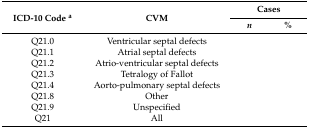
<table><thead><tr><td rowspan="2"><b>ICD-10 Code <sup>a</sup></b></td><td rowspan="2"><b>CVM</b></td><td colspan="2"><b>Cases</b></td></tr><tr><td><b><i>n</i></b></td><td><b>%</b></td></tr></thead><tbody><tr><td>Q21.0</td><td>Ventricular septal defects</td><td>[EMPTY_CELL]</td><td>[EMPTY_CELL]</td></tr><tr><td>Q21.1</td><td>Atrial septal defects</td><td>[EMPTY_CELL]</td><td>[EMPTY_CELL]</td></tr><tr><td>Q21.2</td><td>Atrio-ventricular septal defects</td><td>[EMPTY_CELL]</td><td>[EMPTY_CELL]</td></tr><tr><td>Q21.3</td><td>Tetralogy of Fallot</td><td>[EMPTY_CELL]</td><td>[EMPTY_CELL]</td></tr><tr><td>Q21.4</td><td>Aorto-pulmonary septal defects</td><td>[EMPTY_CELL]</td><td>[EMPTY_CELL]</td></tr><tr><td>Q21.8</td><td>Other</td><td>[EMPTY_CELL]</td><td>[EMPTY_CELL]</td></tr><tr><td>Q21.9</td><td>Unspecified</td><td>[EMPTY_CELL]</td><td>[EMPTY_CELL]</td></tr><tr><td>Q21</td><td>All</td><td>[EMPTY_CELL]</td><td>[EMPTY_CELL]</td></tr></tbody></table>